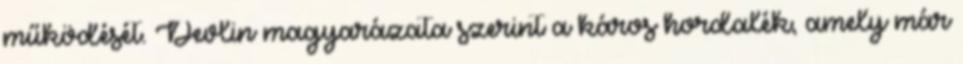
működését. Devlin magyarázata szerint a káros hordalék, amely már